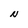
Character: N